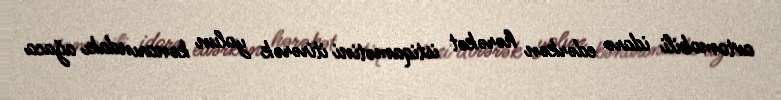
avtomobili idarə edərkən hərəkət istiqamətini itirərək yolun kənarındakı ağaca